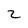
Character: 2